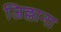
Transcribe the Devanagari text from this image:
जिल्लाना